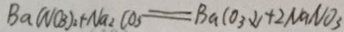
B a ( N O _ { 3 } ) _ { 2 } + N a _ { 2 } C O _ { 3 } = B a C O _ { 3 } \downarrow + 2 N a N O _ { 3 }